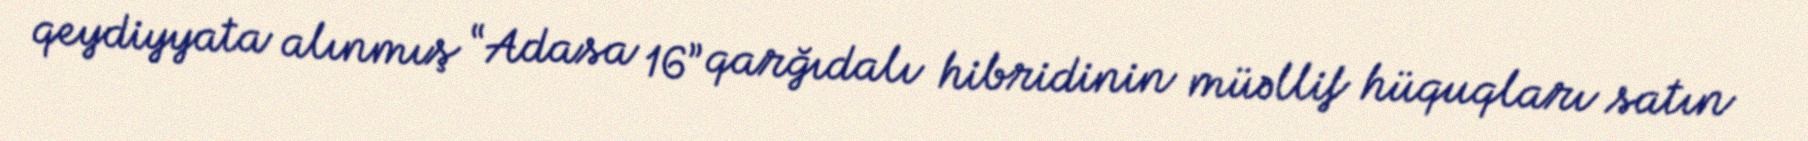
qeydiyyata alınmış “Adasa 16” qarğıdalı hibridinin müəllif hüquqları satın